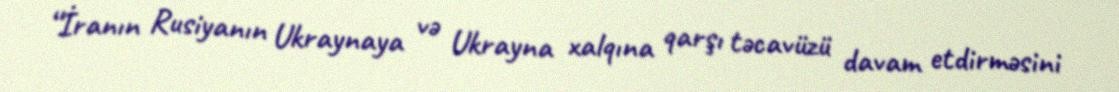
“İranın Rusiyanın Ukraynaya və Ukrayna xalqına qarşı təcavüzü davam etdirməsini